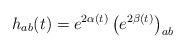
LaTeX: \begin{align*}h_{ab}(t) =e^{2\alpha (t)} \left( e^{2\beta (t)} \right)_{ab}\end{align*}